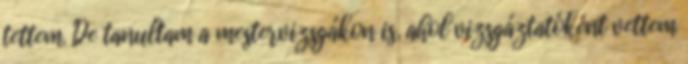
tettem. De tanultam a mestervizsgákon is, ahol vizsgáztatóként vettem